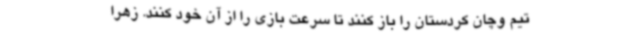
تیم وچان کردستان را باز کنند تا سرعت بازی را از آن خود کنند. زهرا